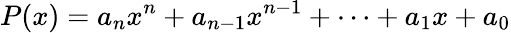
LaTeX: P(x)=a_{n}x^{n}+a_{n-1}x^{n-1}+\cdots+a_{1}x+a_{0}